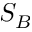
S _ { B }